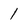
Character: 1